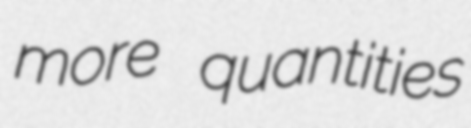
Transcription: more quantities